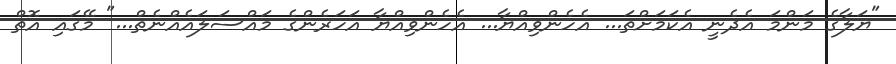
"ޔަލާގެ މަންމަ އެދެނީ އެކަމަށްތަ... އެހެންވިއްޔާ... އެހެންވިއްޔާ އަހަރެންގެ މައްސަލައެއްނެތް..." މޭގައި އޮތް